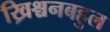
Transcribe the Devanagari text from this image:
ख्रिश्चनबहुल